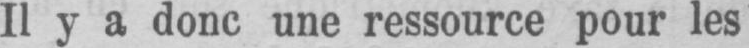
Il y a donc une ressource pour les